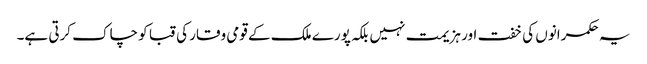
یہ حکمرانوں کی خفت اور ہزیمت نہیں بلکہ پورے ملک کے قومی وقار کی قبا کو چاک کرتی ہے۔